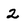
Character: 2